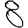
Digit: 8